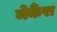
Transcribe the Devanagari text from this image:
मेर्कैरा